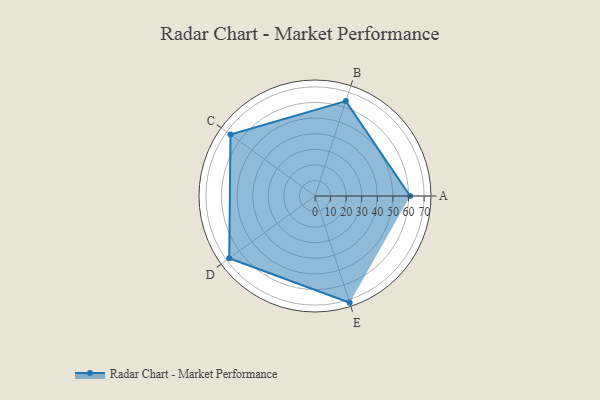
{"axis": {"x": "Skill", "y": "Score"}, "legend": ["Profile"], "data": [{"x": "A", "y": 61.0, "type": "Profile"}, {"x": "B", "y": 64.0, "type": "Profile"}, {"x": "C", "y": 67.0, "type": "Profile"}, {"x": "D", "y": 68.0, "type": "Profile"}, {"x": "E", "y": 72.0, "type": "Profile"}]}